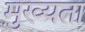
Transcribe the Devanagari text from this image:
मु़ख्यता